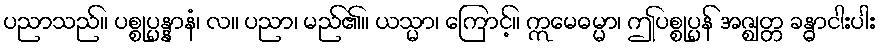
ပညာသည်။ ပစ္စုပ္ပန္နာနံ၊ လ။ ပညာ၊ မည်၏။ ယသ္မာ၊ ကြောင့်။ ဣမေဓမ္မာ၊ ဤပစ္စုပ္ပန် အဇ္ဈတ္တ ခန္ဓာငါးပါး